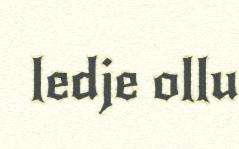
ledje ollu